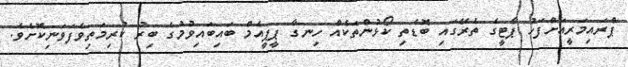
ޕްރައިމަރީއަށްފަހު ޕާޓީގެ ތެރޭގައި ބޮޑެތި ކޯޅުންތަކެއް ހިނގާ ޕީޕީއެމް ބައިބައިވުމުގެ ބިރު ކުރިމަތިވެފަވަނިކޮށެވެ.